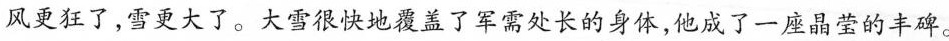
风更狂了，雪更大了。大雪很快地覆盖了军需处长的身体，他成了一座晶莹的丰碑。